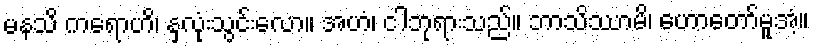
မနသိ ကရောဟိ၊ နှလုံးသွင်းလော။ အဟံ၊ ငါဘုရားသည်။ ဘာသိဿာမိ၊ ဟောတော်မူအံ့။